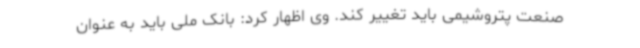
صنعت پتروشیمی باید تغییر کند. وی اظهار کرد: بانک ملی باید به عنوان